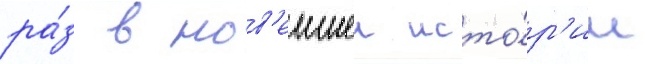
ра́з в нов'еишеи исто́р'ии